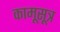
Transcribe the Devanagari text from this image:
कामूसूत्र